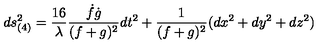
d s _ { ( 4 ) } ^ { 2 } = \frac { 1 6 } { \lambda } \frac { \dot { f } \dot { g } } { ( f + g ) ^ { 2 } } d t ^ { 2 } + \frac { 1 } { ( f + g ) ^ { 2 } } ( d x ^ { 2 } + d y ^ { 2 } + d z ^ { 2 } )